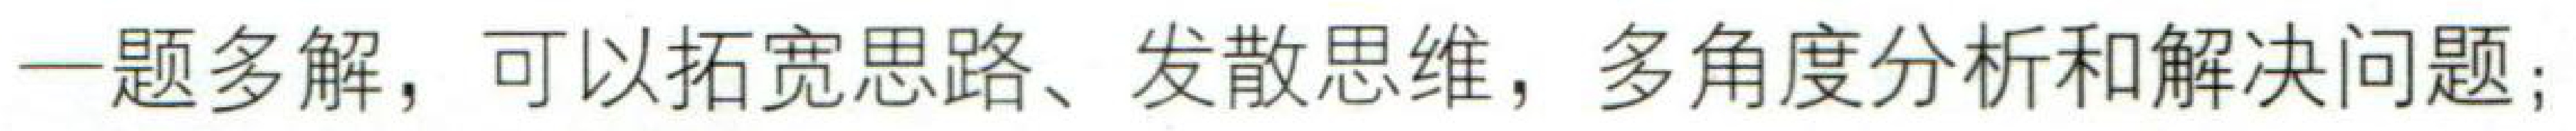
一题多解，可以拓宽思路、发散思维，多角度分析和解决问题；